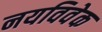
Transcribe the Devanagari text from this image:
नयविवेक